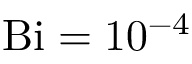
\mathrm { B i = 1 0 ^ { - 4 } }